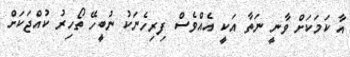
އާ ކަމަކަށް ވާނީ ނަތާ އަކީ އެއްވެސް ފިރިހެނަކު ނުބީހޭ ތޯހިރު ކުއްޖަކަށް